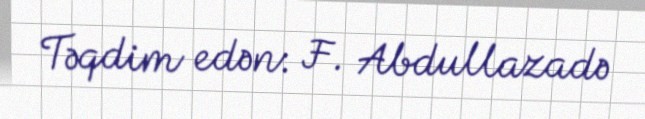
Təqdim edən: F. Abdullazadə